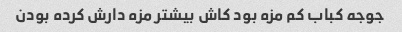
جوجه کباب کم مزه بود کاش بیشتر مزه دارش کرده بودن